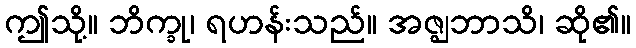
ဤသို့။ ဘိက္ခု၊ ရဟန်းသည်။ အဇ္ဈဘာသိ၊ ဆို၏။